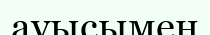
ауысымен